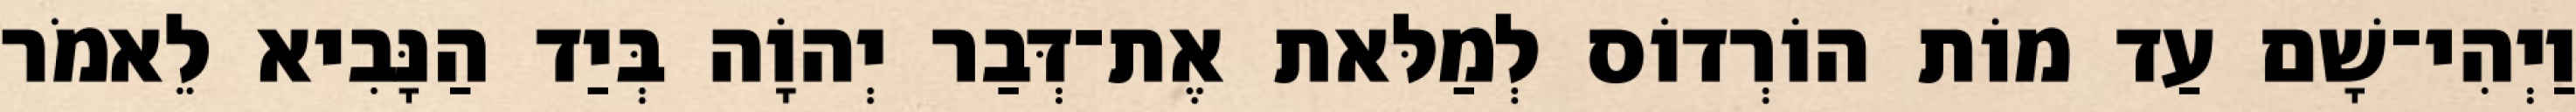
וַיְהִי־שָׁם עַד מוֹת הוֹרְדוֹס לְמַלּאת אֶת־דְּבַר יְהוָֹה בְּיַד הַנָּבִיא לֵאמֹר